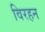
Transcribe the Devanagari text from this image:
विरहन